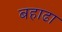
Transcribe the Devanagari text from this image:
बहाढा